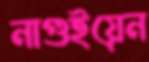
নাগুইয়েন